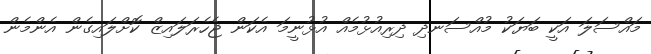
މައްސަލަ އަކީ ބަޔަކު މުއްސަނދި ދިރިއުޅުމެއް އުޅުނީމަ އެކަން ޖެހެރަލައިޒް ކޮށްލައިގެން އެންމެން